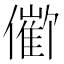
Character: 𪝱